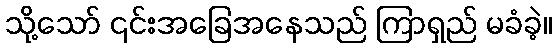
သို့သော် ၎င်းအခြေအနေသည် ကြာရှည် မခံခဲ့။